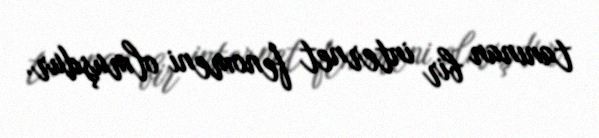
tanınan bir internet fenomeni olmuşdur.